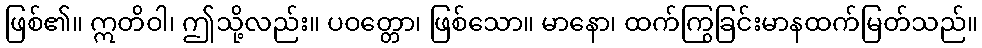
ဖြစ်၏။ ဣတိဝါ၊ ဤသို့လည်း။ ပဝတ္တော၊ ဖြစ်သော။ မာနော၊ ထက်ကြွခြင်းမာနထက်မြတ်သည်။